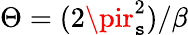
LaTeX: \Theta=(2\pir_{\mathtt{s}}^{2})/\beta